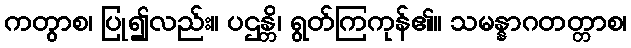
ကတွာစ၊ ပြု၍လည်း။ ပဌန္တိ၊ ရွတ်ကြကုန်၏။ သမန္နာဂတတ္တာစ၊